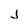
Character: j